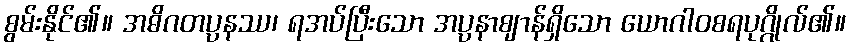
စွမ်းနိုင်၏။ အဓိဂတပ္ပနဿ၊ ရအပ်ပြီးသော အပ္ပနာဈာန်ရှိသော ယောဂါဝစရပုဂ္ဂိုလ်၏။